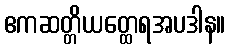
ဧကဆတ္တိယတ္ထေရအပဒါန။